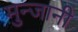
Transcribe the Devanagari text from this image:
मुन्जानी